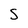
Character: S